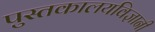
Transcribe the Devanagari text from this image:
पुस्तकालयविज्ञानी